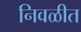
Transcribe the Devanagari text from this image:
निवळीत